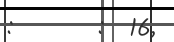
:       :  16